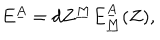
LaTeX: E ^ { \underline { { A } } } = d Z ^ { \underline { { M } } } E _ { \underline { { M } } } ^ { \underline { { A } } } ( Z ) ,